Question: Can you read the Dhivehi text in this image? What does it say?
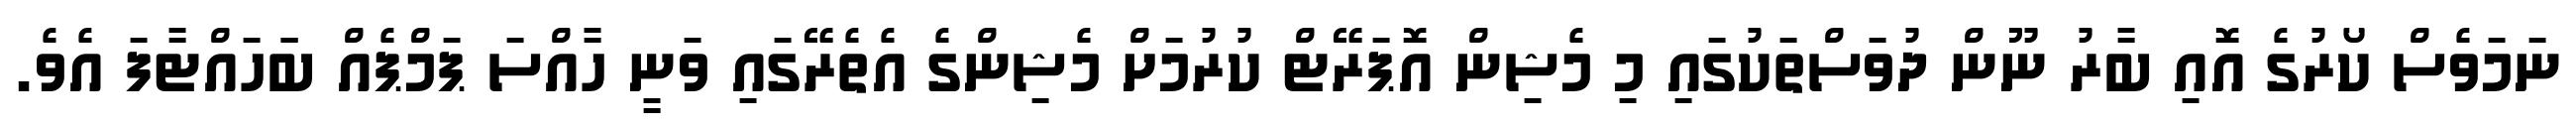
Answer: ނަމަވެސް ކޯރުގެ އޮއި ބާރު ނޫން ދުވަސްތަކުގައި މި މެޝިން އޮޕަރޭޓް ކުރުމަށް މެޝިންގެ އެތެރޭގައި ވަނީ ހާއްސަ ޕަމްޕެއް ބަަހައްޓާފަ އެވެ.